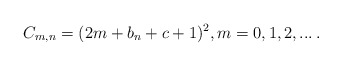
\begin{align*}C_{m,n}=(2 m +b_{n}+c+1)^{2},m=0,1,2,...\,.\end{align*}